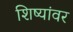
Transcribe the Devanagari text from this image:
शिष्यांवर